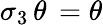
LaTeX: \sigma_{3}\, \theta\, =\theta